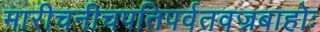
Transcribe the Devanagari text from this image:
मारीचनीचपतिपर्वतवज्रबाहोः